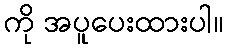
ကို အပူပေးထားပါ။